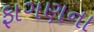
ફાગણના